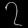
Digit: ၇